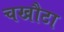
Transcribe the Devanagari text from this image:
चखौटा